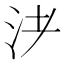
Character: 𰛌